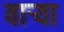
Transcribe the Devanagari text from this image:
वार्‍या